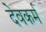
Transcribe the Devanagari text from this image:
देवकर्म